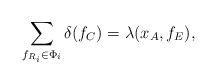
LaTeX: \begin{align*}\sum_{f_{R_i} \in \Phi_i} \delta(f_{C}) = \lambda(x_A, f_E),\end{align*}